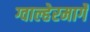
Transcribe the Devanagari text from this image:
ग्वाल्हेरमार्गे